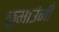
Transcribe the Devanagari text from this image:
कुमाउंनी